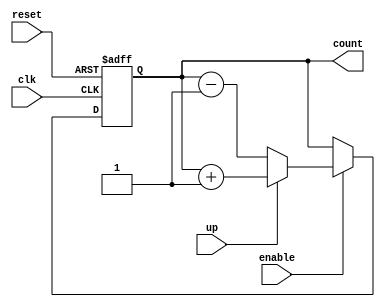
module up_down_counter (
    input wire clk,       // Clock signal
    input wire reset,     // Asynchronous reset signal
    input wire up,        // Control signal for counting direction
    input wire enable,    // Control signal to enable counting
    output reg [3:0] count // 4-bit current value of the counter
);

    // Asynchronous reset and counting logic
    always @(posedge clk or posedge reset) begin
        if (reset) begin
            count <= 4'b0000; // Reset counter to 0
        end else if (enable) begin
            if (up) begin
                count <= count + 1; // Increment counter
            end else begin
                count <= count - 1; // Decrement counter
            end
        end
        // If enable is low, the counter holds its current value
    end

endmodule